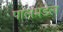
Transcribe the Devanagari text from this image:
पालमडेल